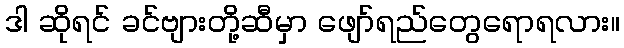
ဒါ ဆိုရင် ခင်ဗျားတို့ဆီမှာ ဖျော်ရည်တွေရောရလား။